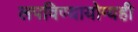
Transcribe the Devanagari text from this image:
लपविण्यायोग्यही